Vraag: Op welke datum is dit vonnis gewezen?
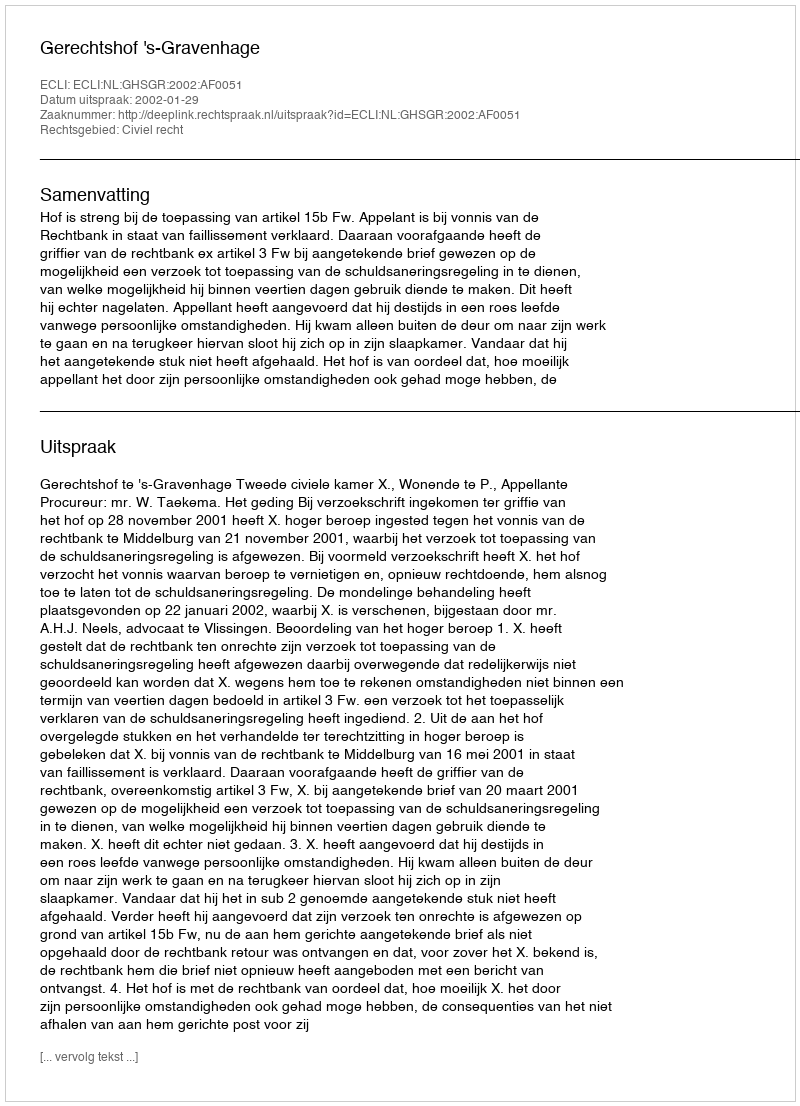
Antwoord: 2002-01-29